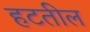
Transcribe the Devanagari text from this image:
हटतील